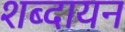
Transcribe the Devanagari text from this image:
शब्दायन